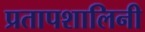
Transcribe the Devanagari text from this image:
प्रतापशालिनी